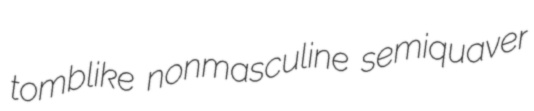
tomblike nonmasculine semiquaver